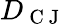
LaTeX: D_{\mathrm{~C~J~}}